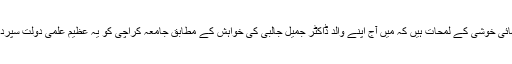
میرے لئے یہ انتہائی خوشی کے لمحات ہیں کہ میں آج اپنے والد ڈاکٹر جمیل جالبی کی خواہش کے مطابق جامعہ کراچی کو یہ عظیم علمی دولت سپرد کرنے جارہاہوں۔